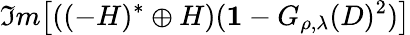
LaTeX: \Im m\big[((-H)^{*}\oplus H)({\mathbf 1}-G_{\rho,\lambda}(D)^{2})\big]